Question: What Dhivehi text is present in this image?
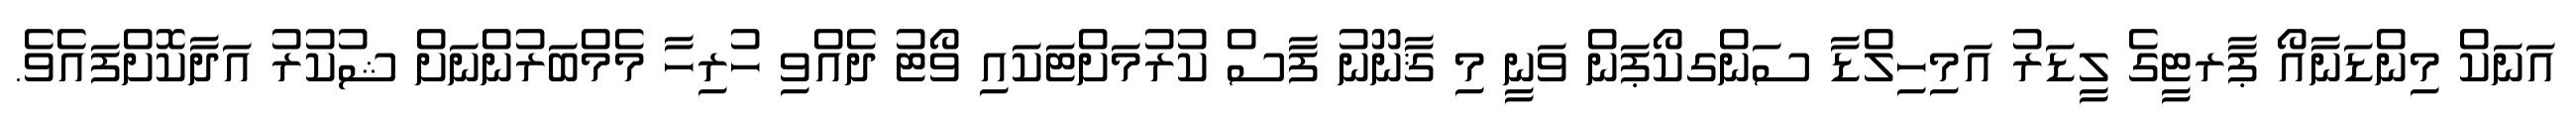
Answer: އަނަކް މިންޑަނާއޯ ޕާރޓީގެ ލީޑަރު އަމިހިލްޑާ ސަންގކޯޕަން ވަނީ މި ޤާނޫނު ފާސް ކުރުމަށްޓަކައި ވޯޓު ދެއްވި ހުރިހާ މެމްބަރުންނަށް ޝުކުރު އަދާކޮށްފައެވެ.